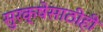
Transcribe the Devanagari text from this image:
सुरक्षेसाठीही